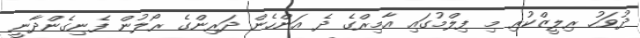
ދުވަހު ރިލީޒްކުރި މި ފިލްމުގައި އާމިރްގެ ދެ އަންހެން ދަރިންގެ ރޯލުން ފެނިގެންދާނީ